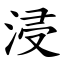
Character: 浸